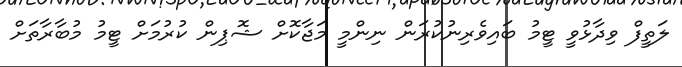
ލަތީފް ވިދާޅުވީ ޓީމު ބައިވެރިނުކުރަން ނިންމީ މަޖާކޮށް ޝޮޕިން ކުރުމަށް ޓީމު މުބާރާތަށް